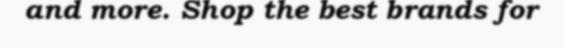
and more. Shop the best brands for